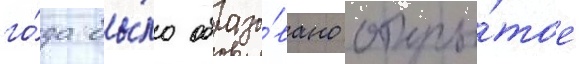
го́да бы́ло образо́вано откры́тое